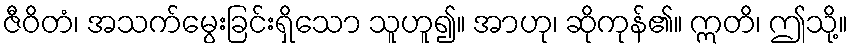
ဇီဝိတံ၊ အသက်မွေးခြင်းရှိသော သူဟူ၍။ အာဟု၊ ဆိုကုန်၏။ ဣတိ၊ ဤသို့။